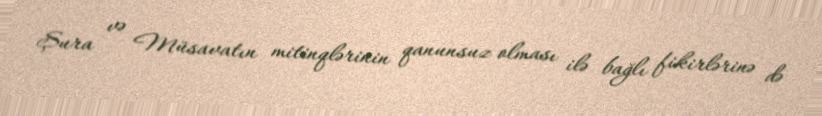
Şura və Müsavatın mitinqlərinin qanunsuz olması ilə bağlı fikirlərinə də